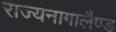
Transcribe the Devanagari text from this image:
राज्यनागालैण्ड